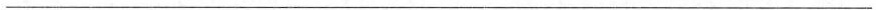
___